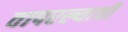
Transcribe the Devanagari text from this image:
वापरल्याची